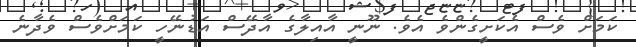
ކަމަށް ވެސް އެކަށީގެންވެ އެވެ. ނޫނީ އާއިލާގެ އާދޭސް އަޑުނޭހީ ކަމަށްވެސް ވެދާނެ